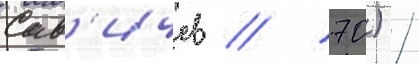
Сав'ичев / 70) /